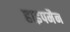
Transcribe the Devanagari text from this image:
हाइपमैन